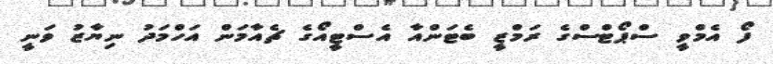
ފޯ އެމްވީ ސްޕޯޓްސްގެ ރަމްޒީ ބެޓަންއާ އެސްޓީއޯގެ ޗެއާމަން އަހްމަދު ނިޔާޒު ވަނީ